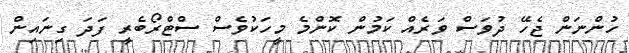
ހުންނަން ޖެހޭ ދުވަސް ވަރެއް ކަމުން ކޮންމެ މީހަކުވެސް ސްޓްރޯބެރީ ފަދަ ގިނައިން